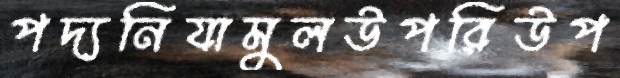
পদ্যনিযামুলউপরিউপ